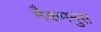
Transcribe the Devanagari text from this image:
मैकमनुस